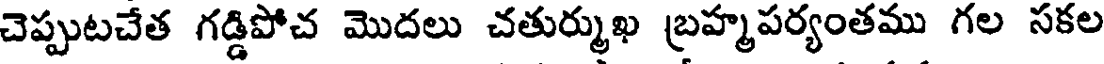
చెప్పుటచేత గడ్డిపోచ మొదలు చతుర్ముఖ బ్రహ్మపర్యంతము గల సకల